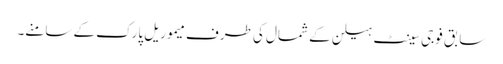
سابق فوجی سینٹ ہیلن کے شمال کی طرف میموریل پارک کے سامنے۔